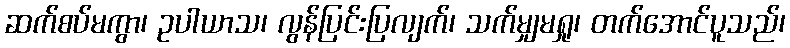
ဆက်စပ်မကွာ၊ ဥပါယာသ၊ လွန်ပြင်းပြလျက်၊ သက်မျှမရှု၊ တက်အောင်ပူသည်၊